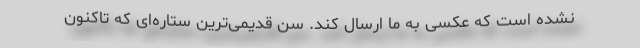
نشده است که عکسی به ما ارسال کند. سن قدیمی‌ترین ستاره‌ای که تاکنون